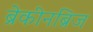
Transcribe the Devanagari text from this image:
ब्रेकीनब्रिज